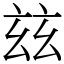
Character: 玆